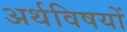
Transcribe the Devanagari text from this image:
अर्थविषयों